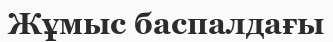
Жұмыс баспалдағы